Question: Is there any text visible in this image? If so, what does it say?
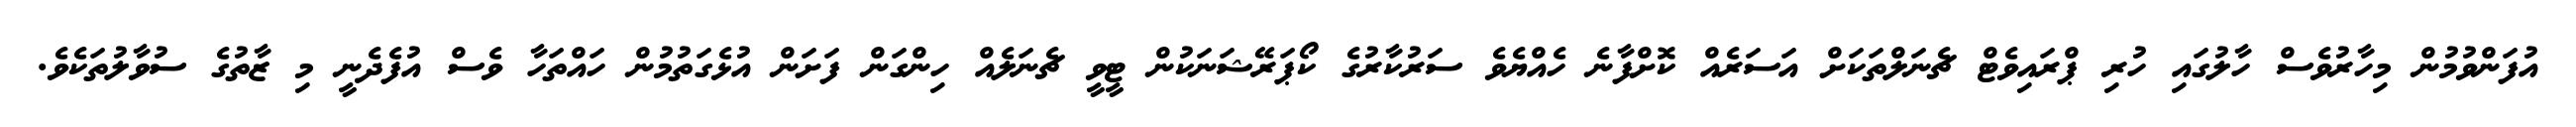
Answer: އުފަންވުމުން މިހާރުވެސް ހާލުގައި ހުރި ޕްރައިވެޓް ޗެނަލްތަކަށް އަސަރެއް ކޮށްފާނެ ހެއްޔެވެ ސަރުކާރުގެ ކޯޕަރޭޝަނަކުން ޓީވީ ޗެނަލެއް ހިންގަން ފަށަން އުޅެގަތުމުން ހައްތަހާ ވެސް އުފެދެނީ މި ޒާތުގެ ސުވާލުތަކެވެ.